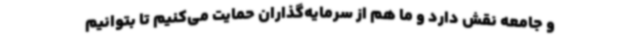
و جامعه نقش دارد و ما هم از سرمایه‌گذاران حمایت می‌کنیم تا بتوانیم